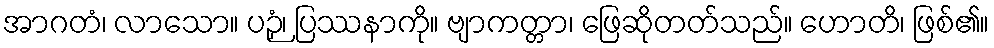
အာဂတံ၊ လာသော။ ပဉှံ၊ ပြဿနာကို။ ဗျာကတ္တာ၊ ဖြေဆိုတတ်သည်။ ဟောတိ၊ ဖြစ်၏။